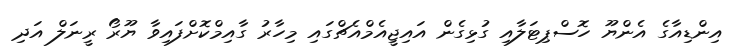
އިންޑިއާގެ އެންޔޫ ހޮސްޕިޓަލާއި ގުޅިގެން އައިޖީއެމްއެޗްގައި މިހާރު ގާއިމްކޮށްފައިވާ ޔޫރޯ ރީނަލް އަދި